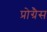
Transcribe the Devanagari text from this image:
प्रोग्रैस